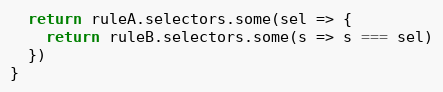
Language: JavaScript
  return ruleA.selectors.some(sel => {
    return ruleB.selectors.some(s => s === sel)
  })
}